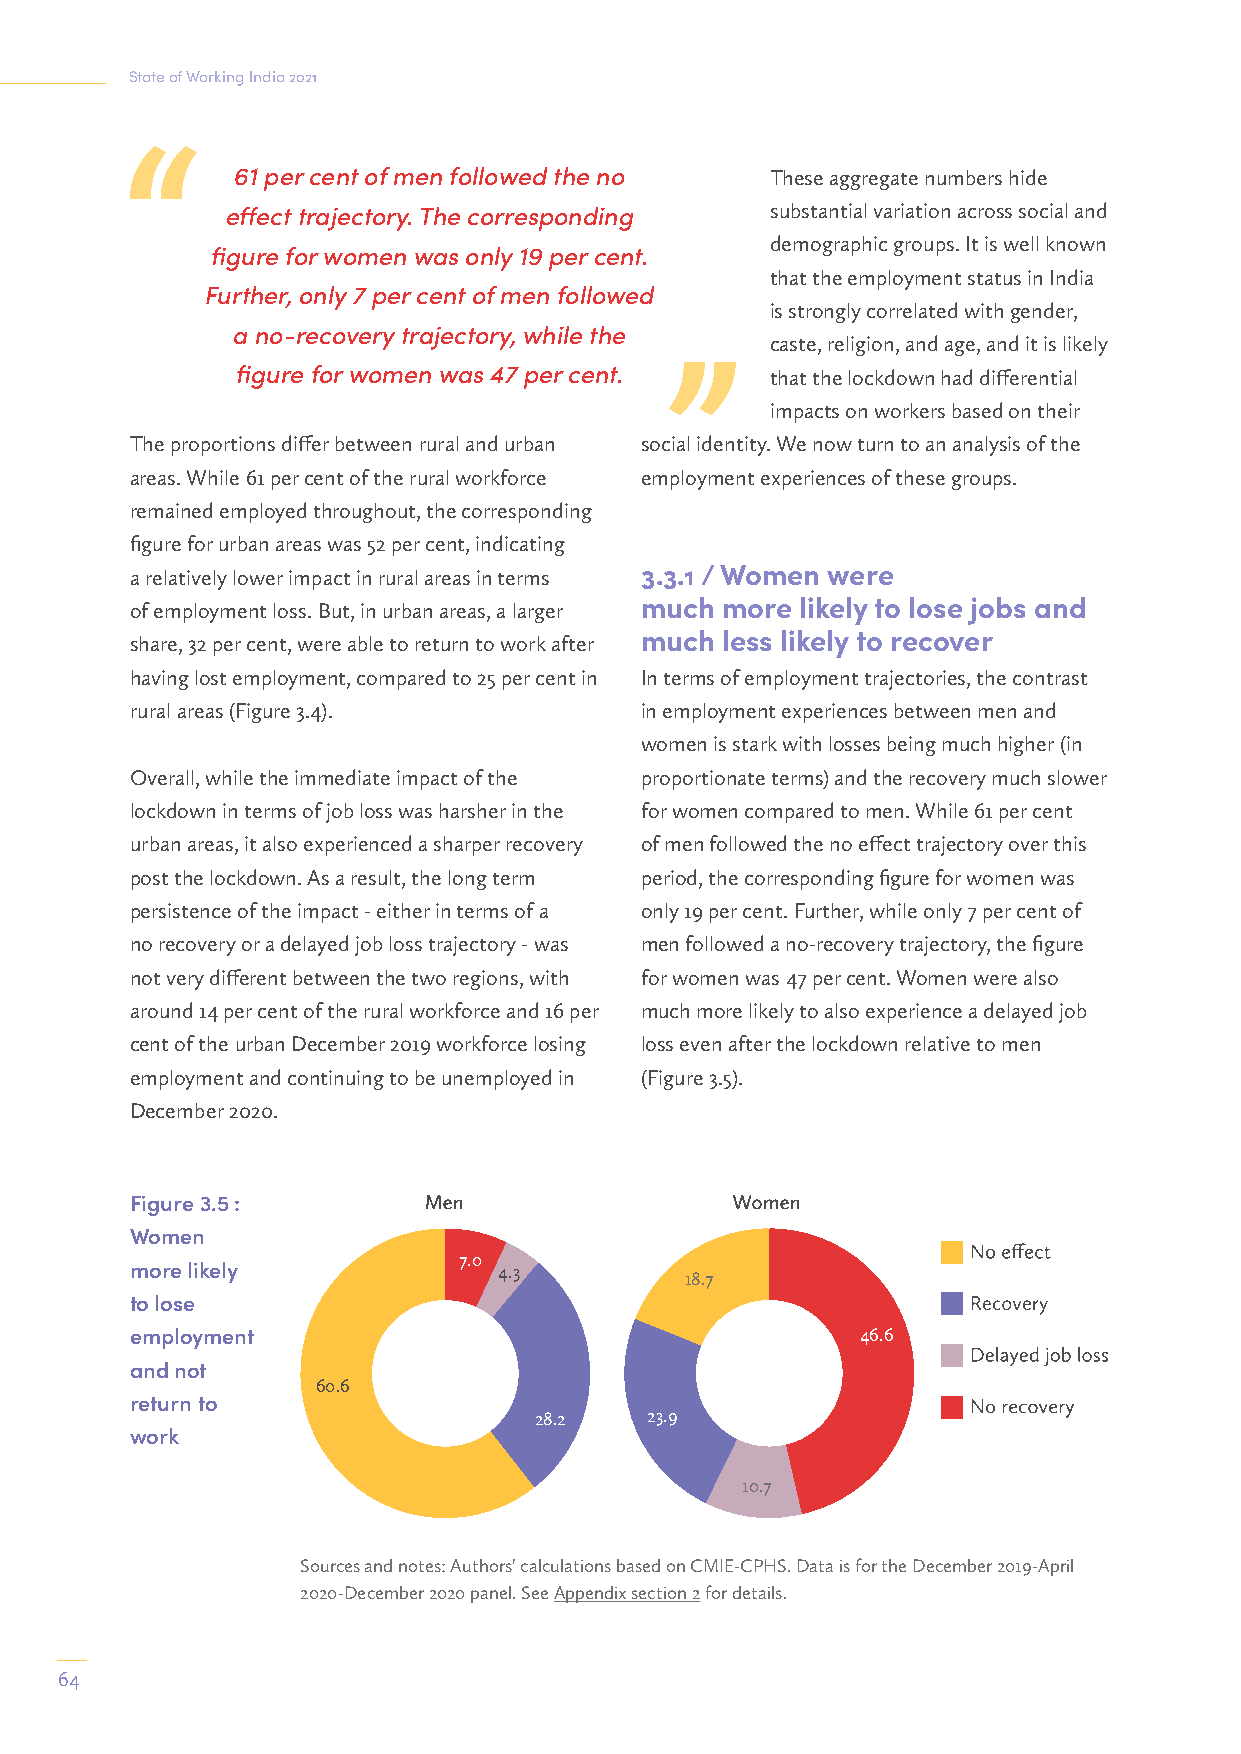
State of Working India 2021
 61 per cent of men followed the no These aggregate numbers hide
 effect trajectory. The corresponding substantial variation across social and
 demographic groups. It is well known
 figure for women was only 19 per cent.
 that the employment status in India
 Further, only 7 per cent of men followed
 is strongly correlated with gender,
 a no-recovery trajectory, while the
 caste, religion, and age, and it is likely
 figure for women was 47 per cent.  that the lockdown had differential
 impacts on workers based on their
 The proportions differ between rural and urban social identity. We now turn to an analysis of the
 areas. While 61 per cent of the rural workforce employment experiences of these groups.
 remained employed throughout, the corresponding
 figure for urban areas was 52 per cent, indicating
 a relatively lower impact in rural areas in terms 3.3.1 / Women were
 of employment loss. But, in urban areas, a larger much more likely to lose jobs and
 share, 32 per cent, were able to return to work after much less likely to recover
 having lost employment, compared to 25 per cent in In terms of employment trajectories, the contrast
 rural areas (Figure 3.4).        in employment experiences between men and
 women is stark with losses being much higher (in
 Overall, while the immediate impact of the proportionate terms) and the recovery much slower
 lockdown in terms of job loss was harsher in the for women compared to men. While 61 per cent
 urban areas, it also experienced a sharper recovery of men followed the no effect trajectory over this
 post the lockdown. As a result, the long term period, the corresponding figure for women was
 persistence of the impact - either in terms of a only 19 per cent. Further, while only 7 per cent of
 no recovery or a delayed job loss trajectory - was men followed a no-recovery trajectory, the figure
 not very different between the two regions, with for women was 47 per cent. Women were also
 around 14 per cent of the rural workforce and 16 per much more likely to also experience a delayed job
 cent of the urban December 2019 workforce losing loss even after the lockdown relative to men
 employment and continuing to be unemployed in (Figure 3.5).
 December 2020.
 Figure 3.5 :
 Women
 7.0
 more likely             4.3
 18.7
 to lose
 employment                                      46.6
 and not
 60.6
 return to
 28.2    23.9
 work
 10.7
 Sources and notes: Authors' calculations based on CMIE-CPHS. Data is for the December 2019-April
 2020-December 2020 panel. See Appendix section 2 for details.
 64